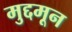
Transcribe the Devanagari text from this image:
मुद्दमून